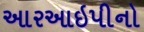
આરઆઇપીનો